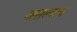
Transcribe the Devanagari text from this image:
असल्याच